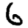
Digit: 6